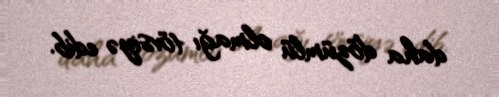
daha dözümlü olmağı tövsiyə edib.